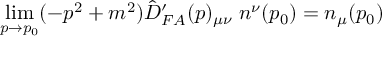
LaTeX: \operatorname * { l i m } _ { p \rightarrow p _ { 0 } } ( - p ^ { 2 } + m ^ { 2 } ) \hat { D } _ { F A } ^ { \prime } ( p ) _ { \mu \nu } \; n ^ { \nu } ( p _ { 0 } ) = n _ { \mu } ( p _ { 0 } )